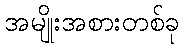
အမျိုးအစားတစ်ခု